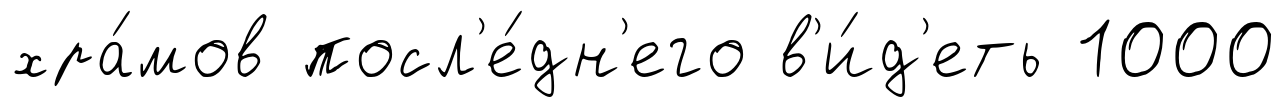
хра́мов посл'е́дн'его в'и́д'еть 1000